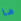
ما